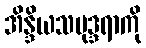
အိန္ဒိယသမုဒ္ဒရာကို